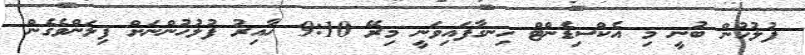
ފުލުހުން ބުނީ މި އެކްސިޑެންޓް ހިނގާފައިވަނީ މިރޭ 9:10 ހާއިރު ފުލުހުންނަށް ފިލަންވެގެން